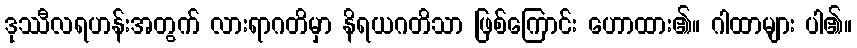
ဒုဿီလရဟန်းအတွက် လားရာဂတိမှာ နိရယဂတိသာ ဖြစ်ကြောင်း ဟောထား၏။ ဂါထာများ ပါ၏။